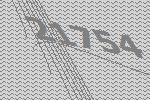
21754